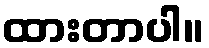
ထားတာပါ။